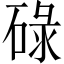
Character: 碌